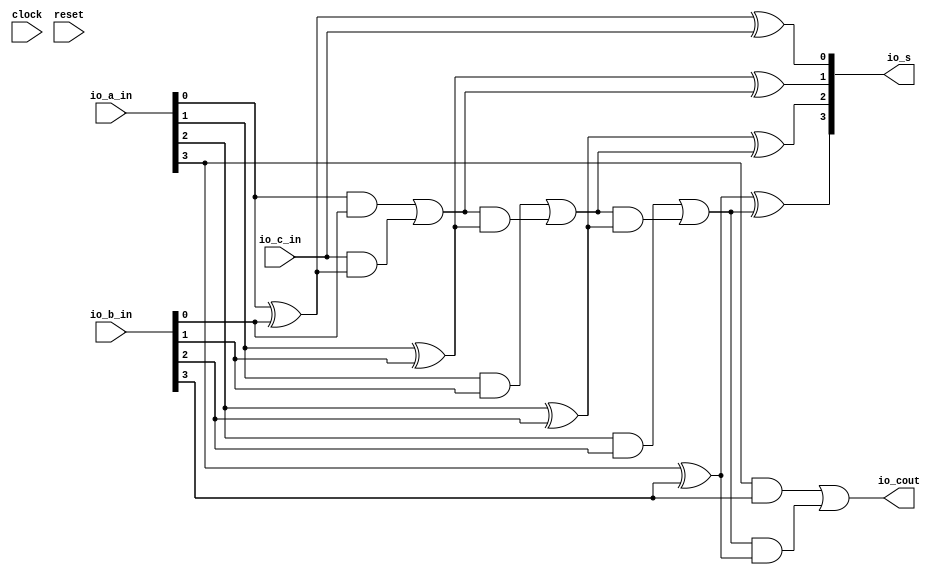
module preadd(
  input        clock,
  input        reset,
  input  [3:0] io_a_in,
  input  [3:0] io_b_in,
  input        io_c_in,
  output [3:0] io_s,
  output       io_cout
);
  wire  p_1 = io_a_in[0] ^ io_b_in[0]; // @[pass.scala 18:27]
  wire  g_1 = io_a_in[0] & io_b_in[0]; // @[pass.scala 19:27]
  wire  p_2 = io_a_in[1] ^ io_b_in[1]; // @[pass.scala 18:27]
  wire  g_2 = io_a_in[1] & io_b_in[1]; // @[pass.scala 19:27]
  wire  p_3 = io_a_in[2] ^ io_b_in[2]; // @[pass.scala 18:27]
  wire  g_3 = io_a_in[2] & io_b_in[2]; // @[pass.scala 19:27]
  wire  p_4 = io_a_in[3] ^ io_b_in[3]; // @[pass.scala 18:27]
  wire  g_4 = io_a_in[3] & io_b_in[3]; // @[pass.scala 19:27]
  wire  stemp_1 = p_1 ^ io_c_in; // @[pass.scala 23:23]
  wire  c_1 = g_1 | io_c_in & p_1; // @[pass.scala 24:19]
  wire  stemp_2 = p_2 ^ c_1; // @[pass.scala 23:23]
  wire  c_2 = g_2 | c_1 & p_2; // @[pass.scala 24:19]
  wire  stemp_3 = p_3 ^ c_2; // @[pass.scala 23:23]
  wire  c_3 = g_3 | c_2 & p_3; // @[pass.scala 24:19]
  wire  stemp_4 = p_4 ^ c_3; // @[pass.scala 23:23]
  wire [1:0] io_s_lo = {stemp_2,stemp_1}; // @[pass.scala 30:22]
  wire [1:0] io_s_hi = {stemp_4,stemp_3}; // @[pass.scala 30:22]
  assign io_s = {io_s_hi,io_s_lo}; // @[pass.scala 30:22]
  assign io_cout = g_4 | c_3 & p_4; // @[pass.scala 24:19]
endmodule